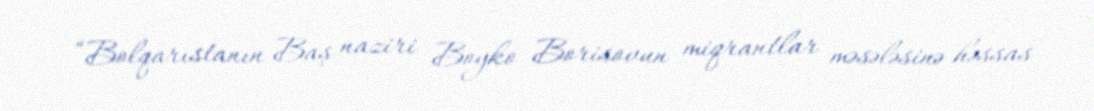
“Bolqarıstanın Baş naziri Boyko Borisovun miqrantlar məsələsinə həssas